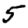
Digit: 5